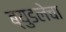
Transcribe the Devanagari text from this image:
ब्युडलेचा